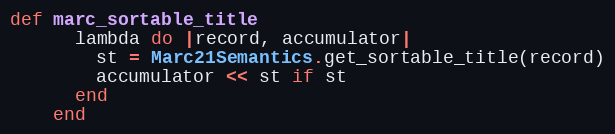
Language: Ruby
def marc_sortable_title
      lambda do |record, accumulator|
        st = Marc21Semantics.get_sortable_title(record)
        accumulator << st if st
      end
    end